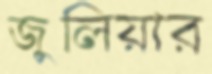
জুলিয়ার